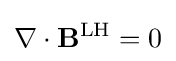
\nabla \cdot \mathbf {B} ^{\text{LH}}=0